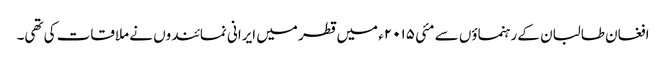
افغان طالبان کے رہنماؤں سے مئی ۲۰۱۵ء میں قطر میں ایرانی نمائندوں نے ملاقات کی تھی۔